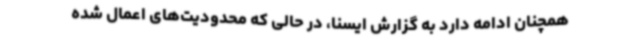
همچنان ادامه دارد به گزارش ایسنا، در حالی که محدودیت‌های اعمال شده